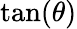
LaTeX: \tan(\theta)